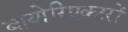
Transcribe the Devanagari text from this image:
बायोरिएक्टरों